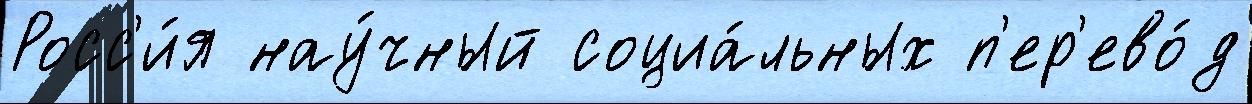
Росс'и́я нау́чный социа́льных п'ер'ево́д